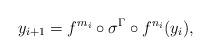
LaTeX: \begin{align*}y_{i+1}=f^{m_i}\circ \sigma^{\Gamma}\circ f^{n_i}(y_i),\end{align*}